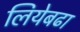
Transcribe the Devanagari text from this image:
लियेबढा